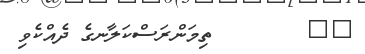
٤٢        ތިމަންރަސްކަލާނގެ ދެއްކެވި